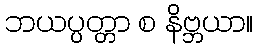
ဘယပ္ပတ္တာ စ နိဗ္ဘယာ။